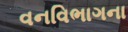
વનવિભાગના